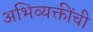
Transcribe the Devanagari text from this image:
अभिव्यक्तींची